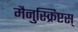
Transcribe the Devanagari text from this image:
मैनुस्क्रिप्टस्‌